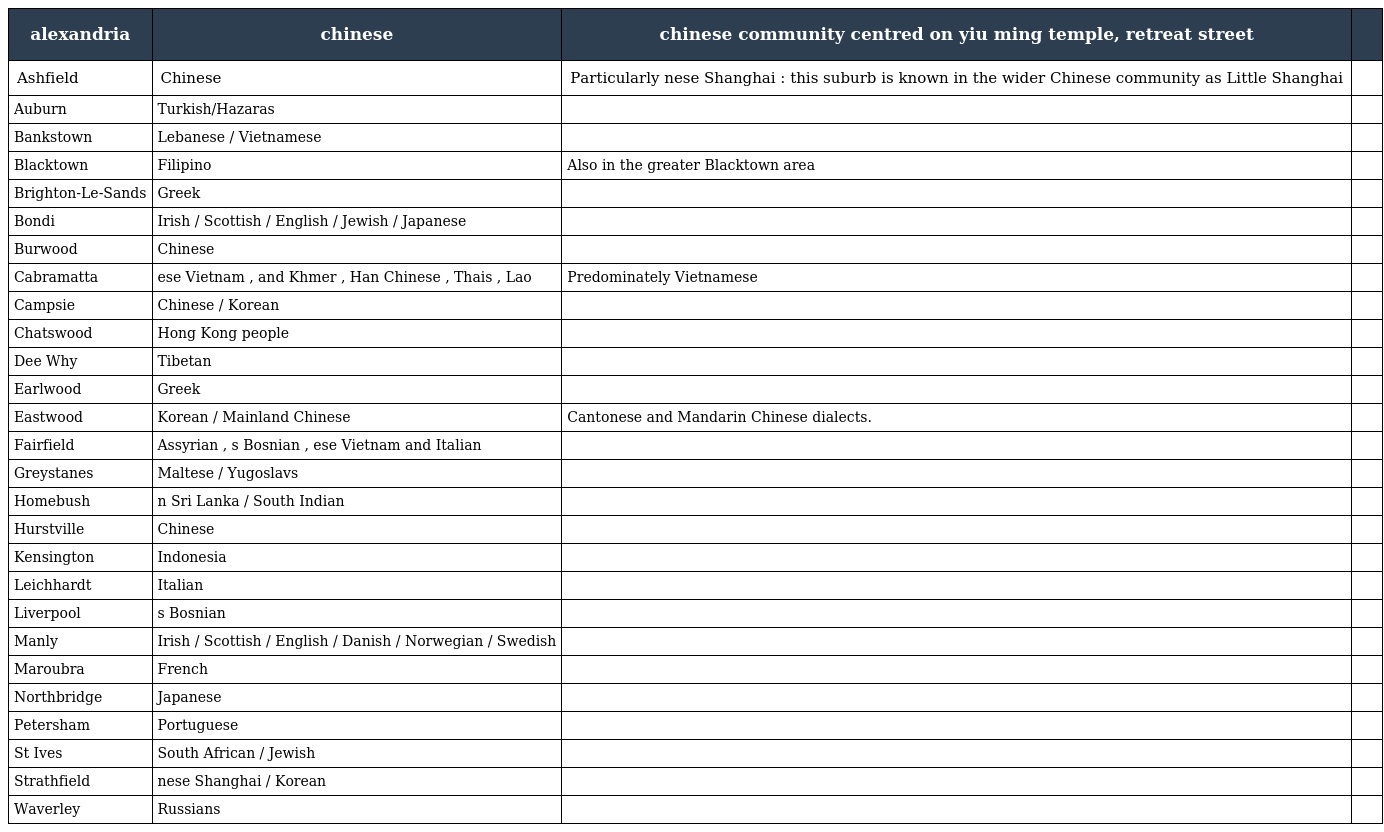
| alexandria | chinese | chinese community centred on yiu ming temple, retreat street |  |
 | --- | --- | --- | --- |
 | Ashfield | Chinese | Particularly nese Shanghai : this suburb is known in the wider Chinese community as Little Shanghai |  |
 | Auburn | Turkish/Hazaras |  |  |
 | Bankstown | Lebanese / Vietnamese |  |  |
 | Blacktown | Filipino | Also in the greater Blacktown area |  |
 | Brighton-Le-Sands | Greek |  |  |
 | Bondi | Irish / Scottish / English / Jewish / Japanese |  |  |
 | Burwood | Chinese |  |  |
 | Cabramatta | ese Vietnam , and Khmer , Han Chinese , Thais , Lao | Predominately Vietnamese |  |
 | Campsie | Chinese / Korean |  |  |
 | Chatswood | Hong Kong people |  |  |
 | Dee Why | Tibetan |  |  |
 | Earlwood | Greek |  |  |
 | Eastwood | Korean / Mainland Chinese | Cantonese and Mandarin Chinese dialects. |  |
 | Fairfield | Assyrian , s Bosnian , ese Vietnam and Italian |  |  |
 | Greystanes | Maltese / Yugoslavs |  |  |
 | Homebush | n Sri Lanka / South Indian |  |  |
 | Hurstville | Chinese |  |  |
 | Kensington | Indonesia |  |  |
 | Leichhardt | Italian |  |  |
 | Liverpool | s Bosnian |  |  |
 | Manly | Irish / Scottish / English / Danish / Norwegian / Swedish |  |  |
 | Maroubra | French |  |  |
 | Northbridge | Japanese |  |  |
 | Petersham | Portuguese |  |  |
 | St Ives | South African / Jewish |  |  |
 | Strathfield | nese Shanghai / Korean |  |  |
 | Waverley | Russians |  |  |